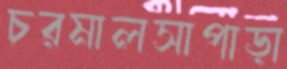
চরমালসাপাড়া